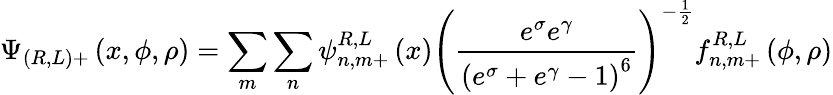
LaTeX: \Psi_{(R,L)+}\left(x,\phi,\rho\right)=\sum_{m}\sum_{n}\psi_{n,m+}^{R,L}\left(x\right)\left(\frac{e^{\sigma}e^{\gamma}}{\left(e^{\sigma}+e^{\gamma}-1\right)^{6}}\right)^{-\frac{1}{2}}f_{n,m+}^{R,L}\left(\phi,\rho\right)